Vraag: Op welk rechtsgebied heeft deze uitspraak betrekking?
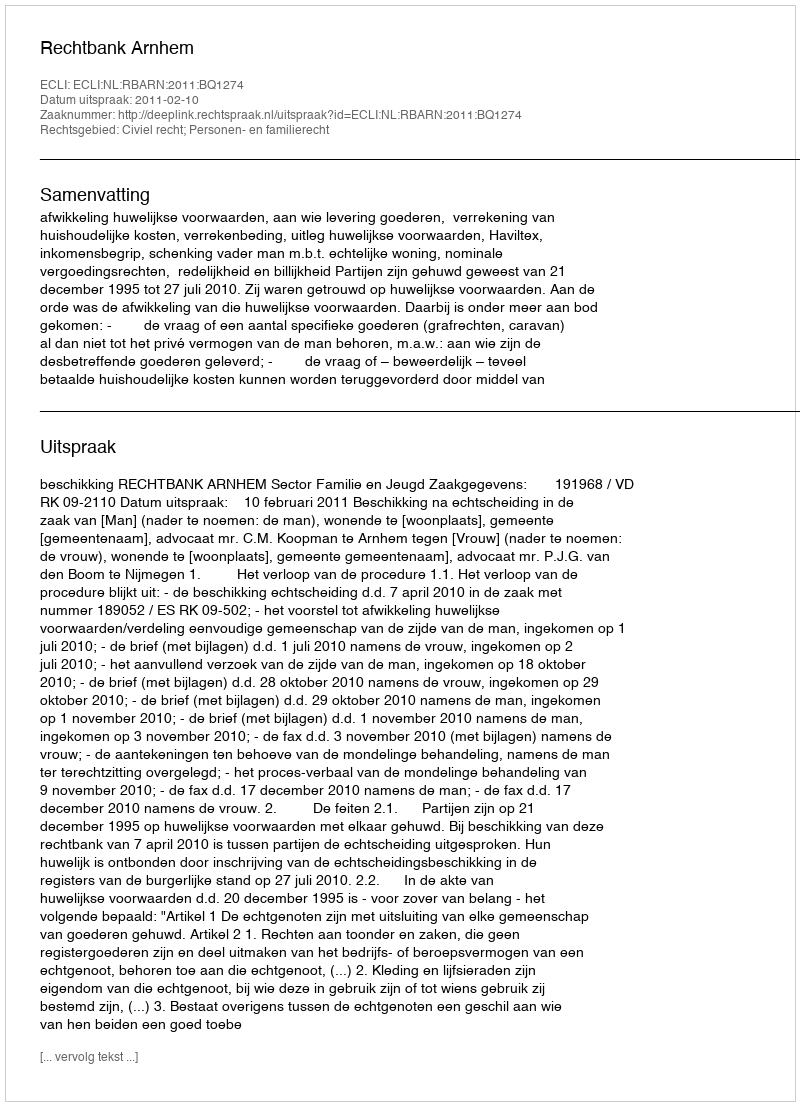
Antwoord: Civiel recht; Personen- en familierecht